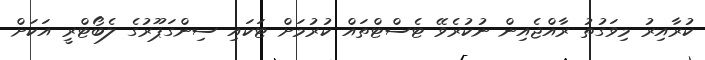
ކުރާއިރު މިވަގުތު ރާއްޖެއިން ނުކުރެވޭ ޓެސްޓްތައް ކުރުމަށް ޓަކައި ސިންގަޕޫރުގެ ލެބޯޓްރީ އަކަށް